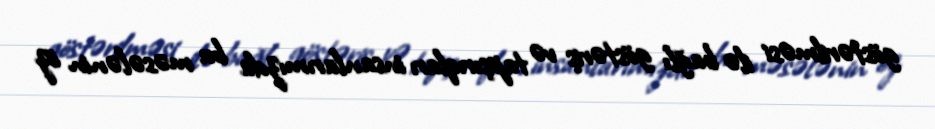
göstərilməsi ilə bağlı göstəriş və tapşırıqları insanlarımızda bu məsələnin öz